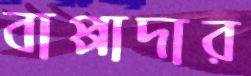
বাপ্পাদার